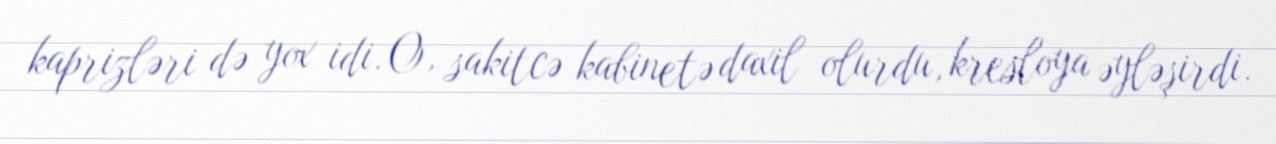
kaprizləri də yox idi. O, sakitcə kabinetə daxil olurdu, kresloya əyləşirdi.